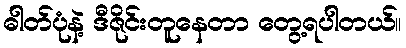
ဓါတ်ပုံနဲ့ ဒီဇိုင်းတူနေတာ တွေ့ရပါတယ်။